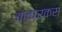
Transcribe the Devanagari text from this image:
क्वार्कस